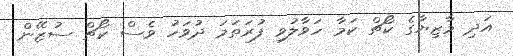
އަދި މާޒިޔާގެ ކޯޗް ކަމާ ހަވާލުވި ފުރަތަމަ ދުވަހު ވެސް ކޯޗް ސުޒޭން